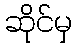
ဆိုင်မှ